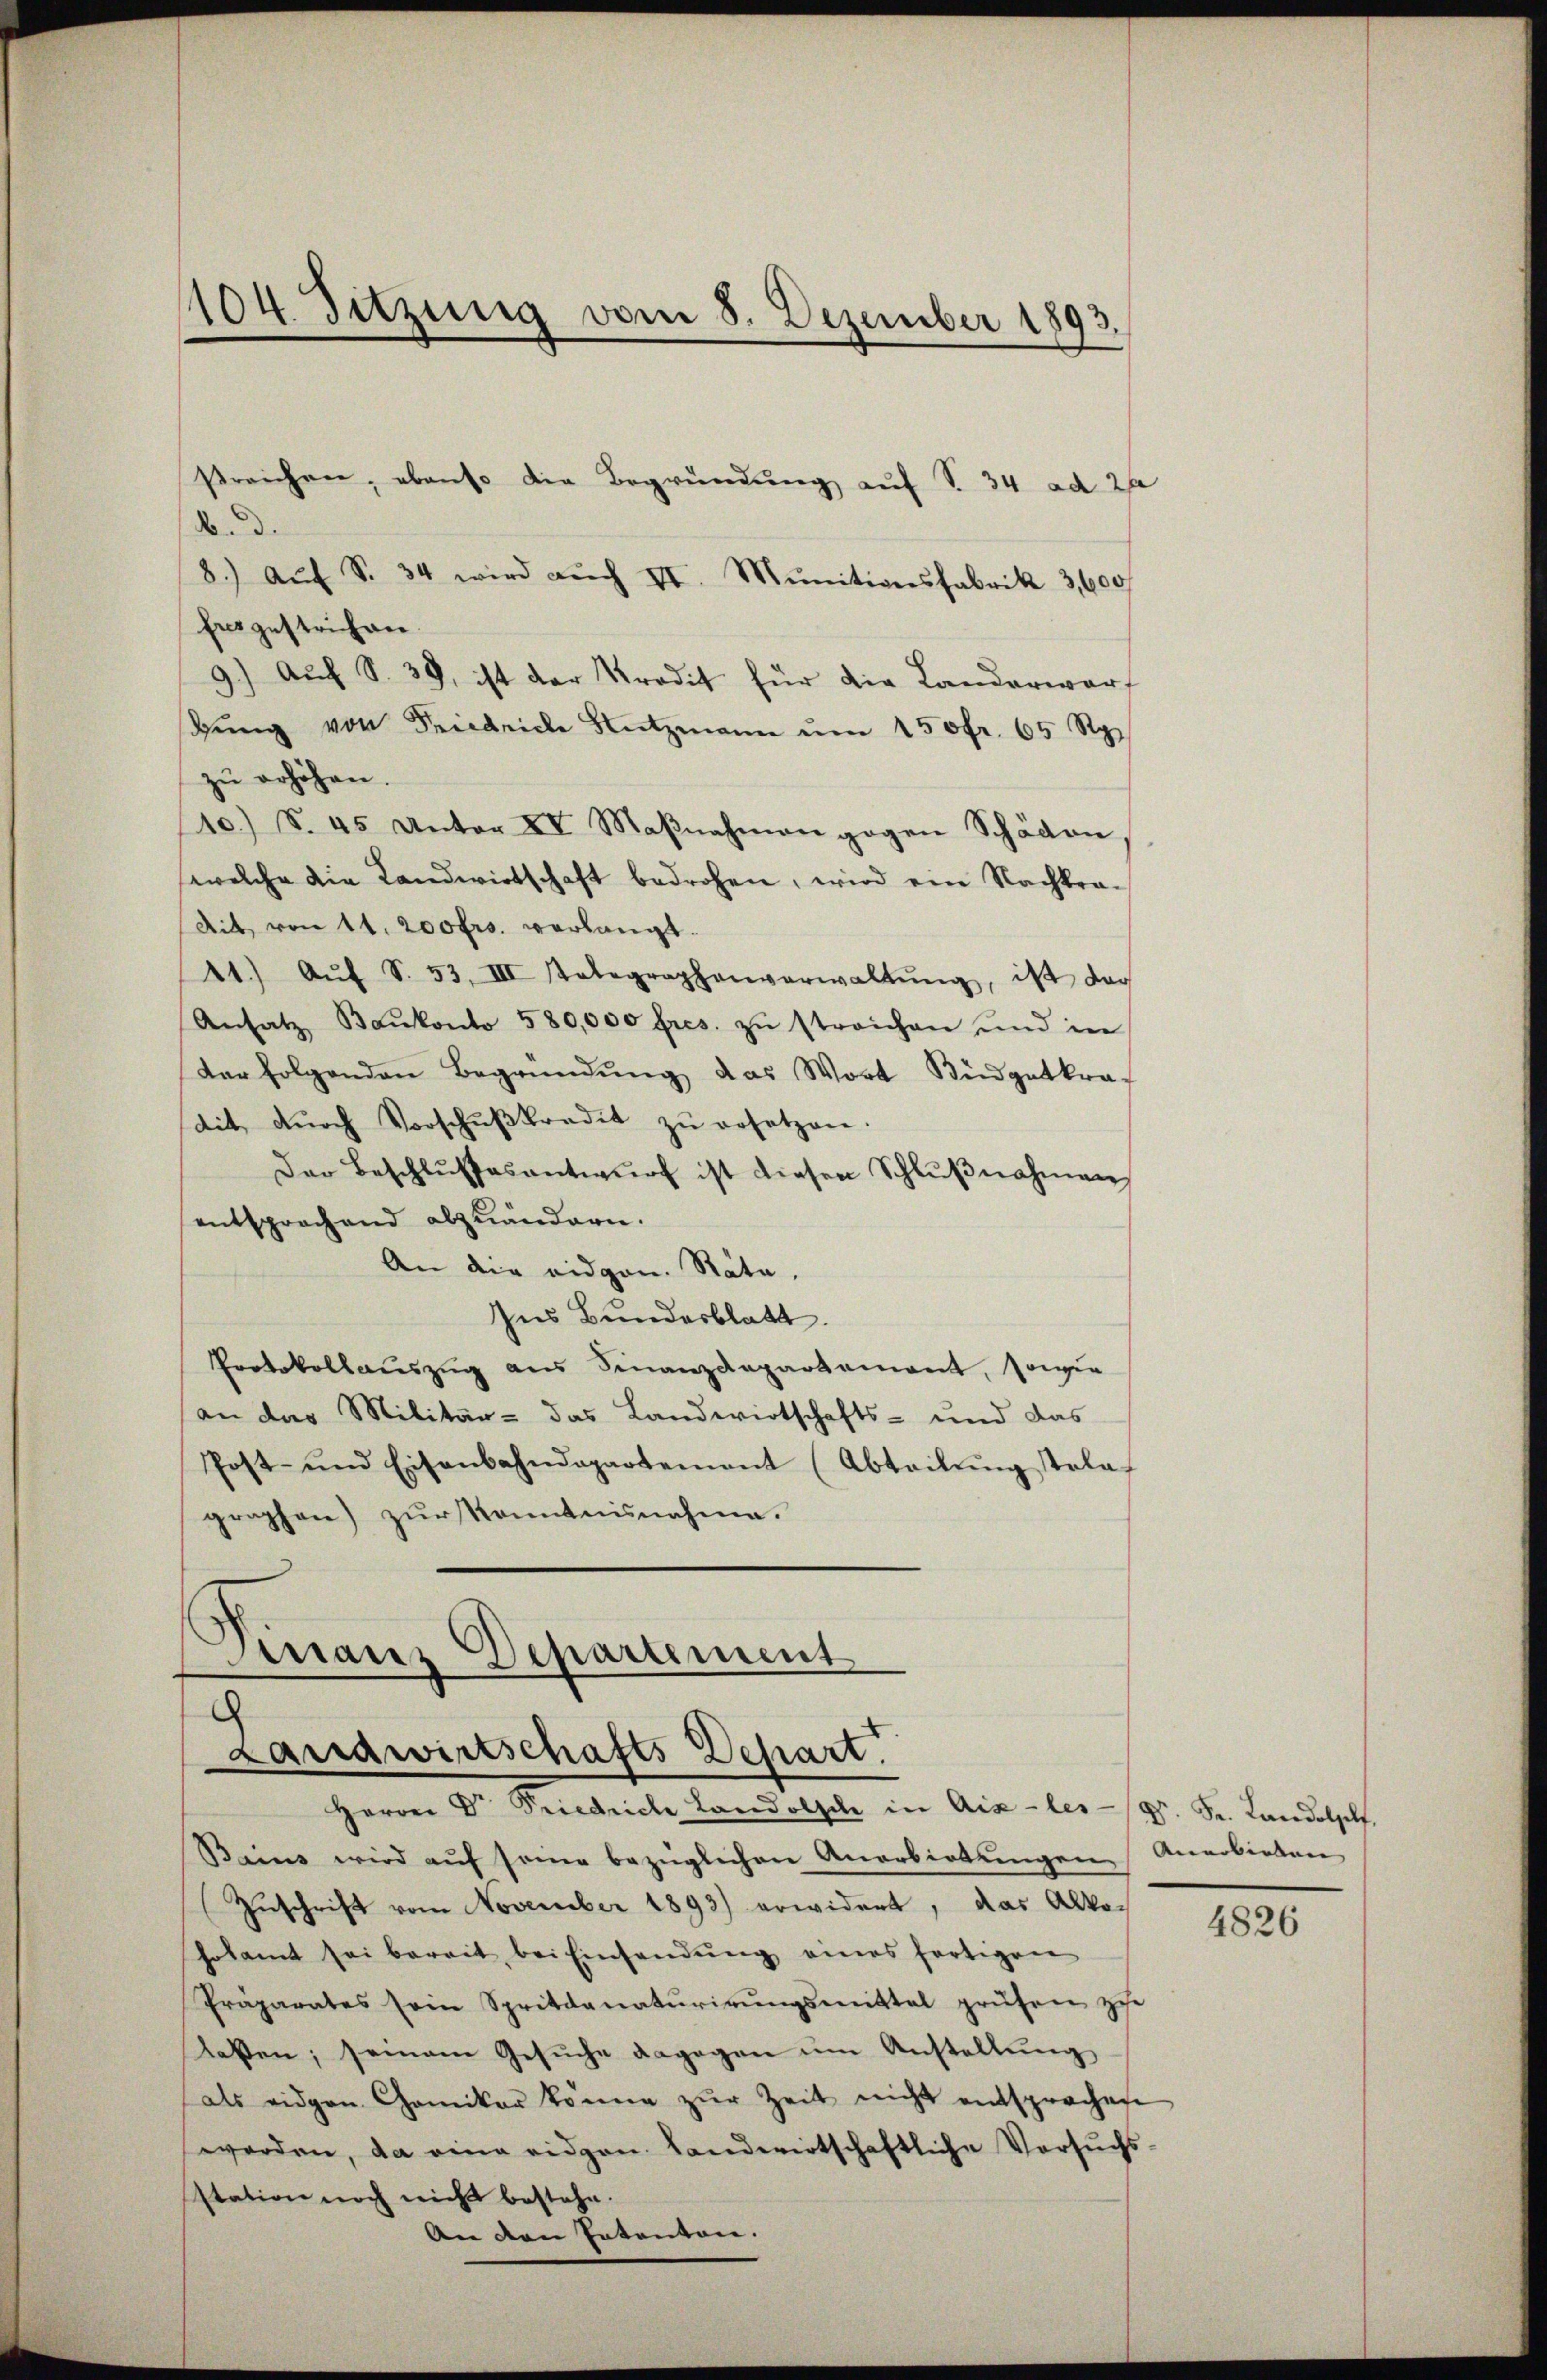
104. Sitzung vom 8. Dezember 1893.

sreichen, ebenso die Begründung auf S. 34 ad 2
.d.
8. Aŭf S. 34 wird aŭch IV. Mŭnitionsfabrik 3,600
hrsgestrichen.
9.) Auf S. 38, ist der Kredit für die Landerwarf
Bŭng von Friedriche Nutzmann ŭm 150fr. 65 Rp.
zŭ erhöhen.
10) S. 45 Unter XV Maβnahmen gegen Schäden,
welche die Landwirtschaft bedrohen, wird ein Nachkra-
Ait von 11. 200 frs. verlangt.
11.) Aŭf S. 53. III statagraphenverwaltŭng, ist dar
Ansatz Baŭkonto 580,000 fres. zŭ streichen und in
derfolgenden Begründŭng das Wort Büdgetkraf
dit dŭrch Vorschŭβkredit zŭ ersetzen.
Der Beschlŭsses antwŭrf ist diesen Schlŭβnahmen
entsprechend abzuändern.
An die eidgen. Räte,
Ins Bundesblatt.
Protokollaŭszŭg ans Finanzdepartement, sowie
an das Militär- das Landwirtschafts- und das
Post- und Eisenbahndepartement (Abteilŭng stola-
graphen) zŭr Kenntnisnahme.

Herrn Dr Friedriche Landolsche in Aix-les-/9. Se. Landelsl
Bains wird aŭf seine bezüglichen Anerbietungen Anerbieten
Zŭschrift vom November 1893) erwidert, das Alko-
holamt sei bereit bei Einsendung eines fortigen
Präparates sein Spritdanatŭrirŭngsmittel prüfen zue
laten, seinem Gesŭche dagegen ŭm Anstellŭng
als eidgen Camiker könne zŭr Zeit nicht entsprochen
worden, da eine eidgen. Landwirtschaftliche Versŭchs-
station noch nicht bestehe.
An den Intentone.

Finanz Departement
Landwirtschafts Depart.

4826